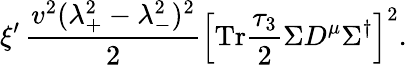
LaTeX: \xi^{\prime}\, {\frac{v^{2}(\lambda_{+}^{2}-\lambda_{-}^{2})^{2}}{2}}\left[\mathrm{Tr}{\frac{\tau_{3}}{2}}\Sigma D^{\mu}\Sigma^{\dagger}\right]^{2}.